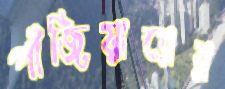
পাঁজিয়ারের